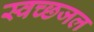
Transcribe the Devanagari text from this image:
स्वच्छजल